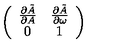
\left( \begin{array} { c c } { \frac { \partial \tilde { A } } { \partial A } } & { \frac { \partial \tilde { A } } { \partial \omega } } \\ { 0 } & { 1 } \\ \end{array} \right)